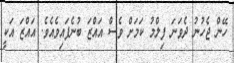
ހޭން ޖެހުނު ދެވަނަ ފިލްމު ކަމަށް ވެސް އައްޒަ ބުނެފައިވެއެވެ. އައްޒަ އަކީ